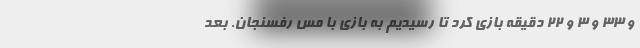
و ۳۳ و ۳ و ۲۲ دقیقه بازی کرد تا رسیدیم به بازی با مس رفسنجان. بعد